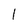
Character: 1